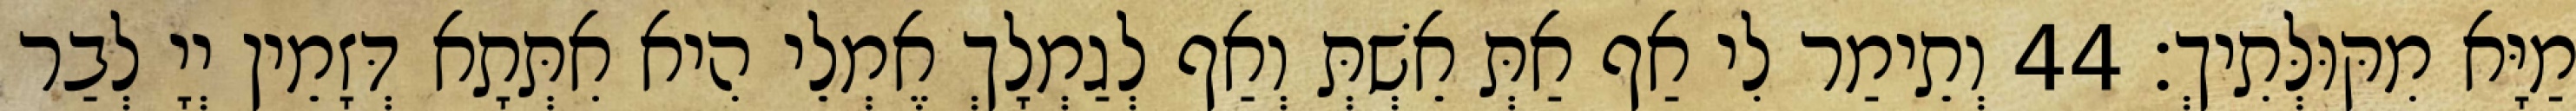
מַיָּא מִקּוּלְּתִיךְ׃ 44 וְתֵימַר לִי אַף אַתְּ אֵשְׁתְּ וְאַף לְגַמְלָךְ אֶמְלֵי הִיא אִתְּתָא דְּזָמֵין יְיָ לְבַר